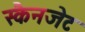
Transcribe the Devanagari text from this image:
स्कैनजेट